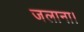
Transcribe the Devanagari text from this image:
जलाना।